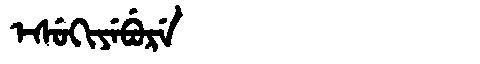
Manchu: ᡝᠰᡠᡴᡳᠶᡝᠪᡠᡵᡝ
Romanization: ESUKIYEBURE